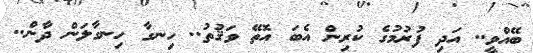
ބޭއްވީ.. އަދި ފުރުމުގެ ކުރިން އެބަ އޮތޭ ވަޤުތު.. ހިނގާ ހިނގާލަން ދާން..